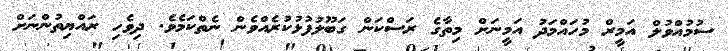
ސުމުއްވުލް އަމީރް މުހައްމަދު އަމީނަށް މިތާގެ ރަސްކަން ގަބޫލުފުޅުކުރެއްވެން ނެތްކަމެވެ. ދިވެހި ރައްޔިތުންނަށް